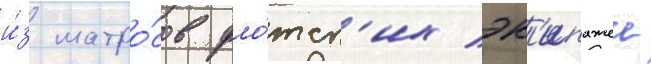
и́з матро́сов фло́тск'их эк'ипажеи